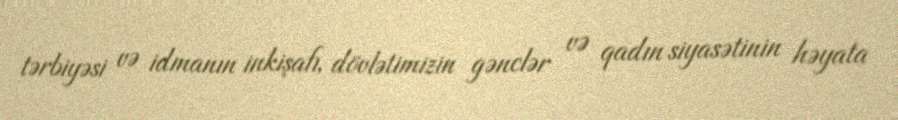
tərbiyəsi və idmanın inkişafı, dövlətimizin gənclər və qadın siyasətinin həyata